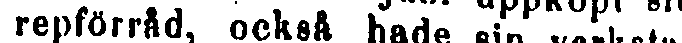
repförråd, också hade sin verkstad